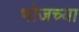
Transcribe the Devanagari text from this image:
भोजच्या